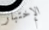
الإختبار